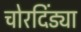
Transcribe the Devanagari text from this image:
चोरदिंड्या